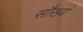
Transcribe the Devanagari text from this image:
सौख्यं